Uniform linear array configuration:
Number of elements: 12
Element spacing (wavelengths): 0.5
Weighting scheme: binomial
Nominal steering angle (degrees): -30
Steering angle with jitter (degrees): -30.614
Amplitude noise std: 0.05
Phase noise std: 0.05

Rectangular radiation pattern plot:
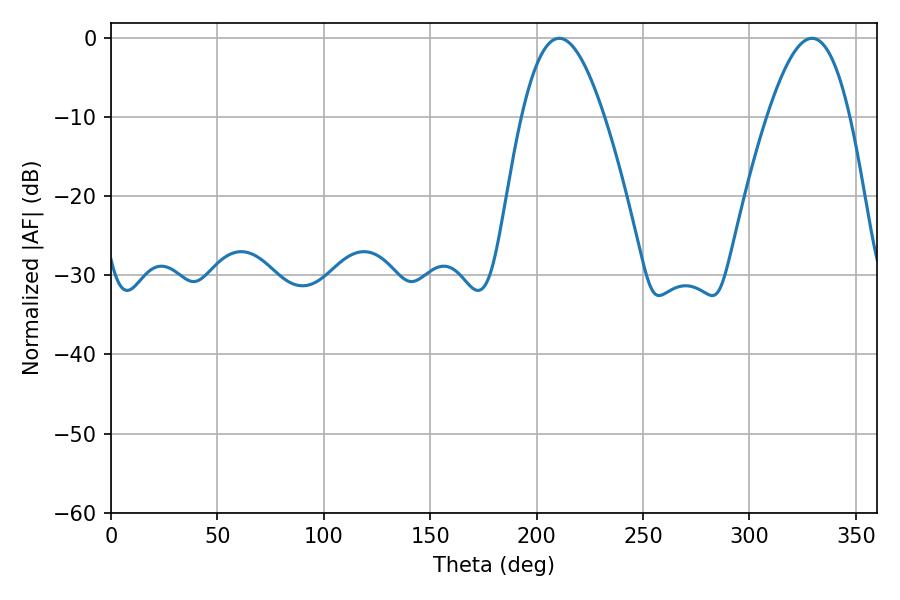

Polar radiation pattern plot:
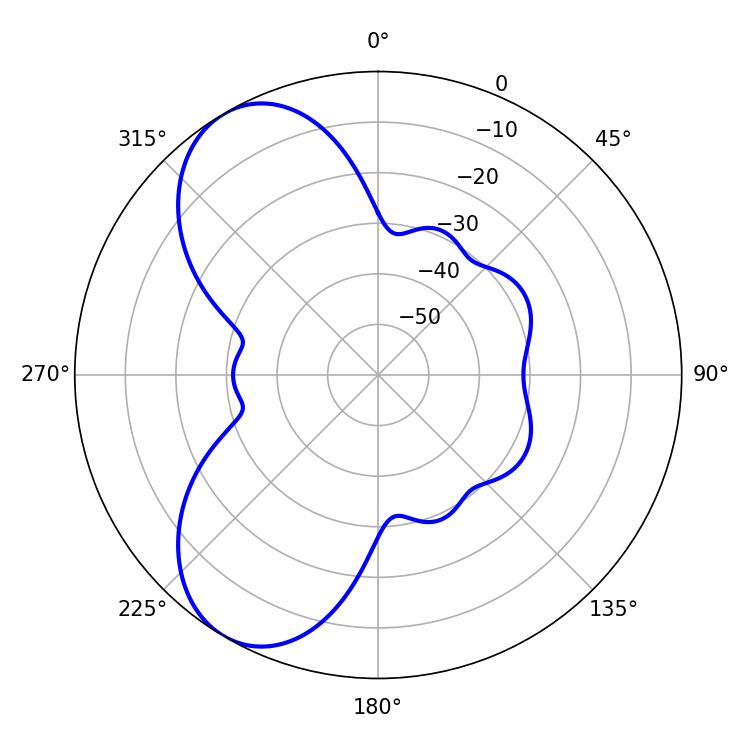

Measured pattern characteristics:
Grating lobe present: FALSE
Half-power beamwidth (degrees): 21.06
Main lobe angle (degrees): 210.6